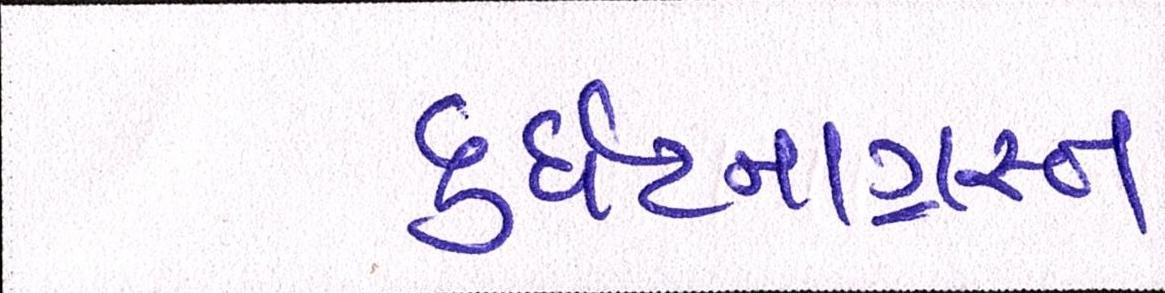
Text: દુર્ઘટનાગ્રસ્ત